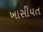
ખાસીયત